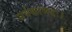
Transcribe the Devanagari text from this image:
सर्वकामदः।